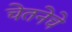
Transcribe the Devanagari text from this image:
चेतनेचे